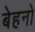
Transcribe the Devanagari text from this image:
बेहनो